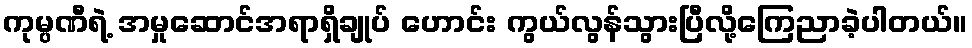
ကုမ္ပဏီရဲ့ အမှုဆောင်အရာရှိချုပ် ဟောင်း ကွယ်လွန်သွားပြီလို့ကြေညာခဲ့ပါတယ်။